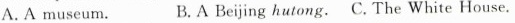
A.A museum. B.A Bejing hutong. C. The White House.